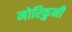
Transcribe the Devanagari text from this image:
मोरिकुनी